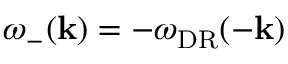
\omega _ { - } ( \mathbf { k } ) = - \omega _ { \mathrm { D R } } ( - \mathbf { k } )